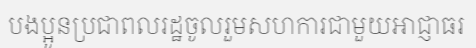
បងប្អូនប្រជាពលរដ្ឋចូលរួមសហការជាមួយអាជ្ញាធរ